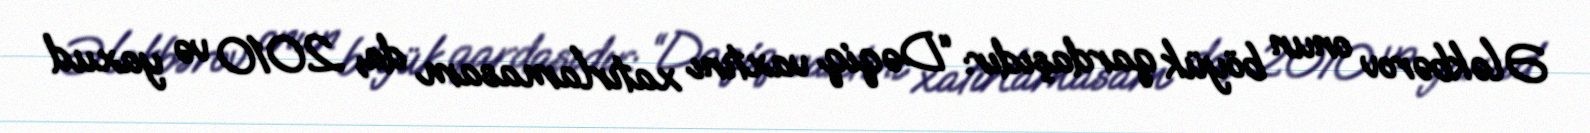
Ələkbərov onun böyük qardaşıdır: “Dəqiq vaxtını xatırlamasam da, 2010 və yaxud